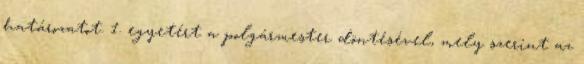
határozatot. 1. egyetért a polgármester döntésével, mely szerint az